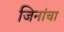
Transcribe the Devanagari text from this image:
जिनांचा